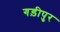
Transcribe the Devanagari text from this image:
गड़ीपुर